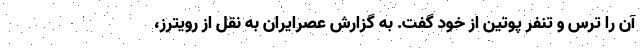
آن را ترس و تنفر پوتین از خود گفت. به گزارش عصرایران به نقل از رویترز،